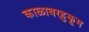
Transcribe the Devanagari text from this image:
काळाबरहुकूम